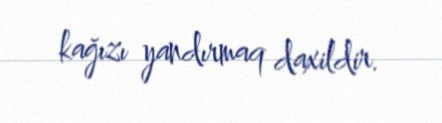
kağızı yandırmaq daxildir.